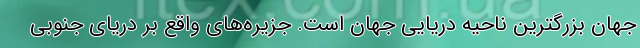
جهان بزرگترین ناحیه دریایی جهان است. جزیره‌های واقع بر دریای جنوبی